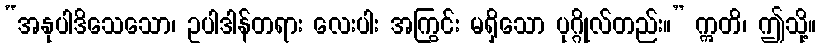
“အနုပါဒိသေသော၊ ဥပါဒါန်တရား လေးပါး အကြွင်း မရှိသော ပုဂ္ဂိုလ်တည်း။” ဣတိ၊ ဤသို့။